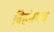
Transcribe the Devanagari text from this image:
विहंगमय